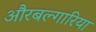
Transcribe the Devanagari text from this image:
औरबल्गारिया